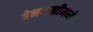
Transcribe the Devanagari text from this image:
बेनगाझीमध्ये